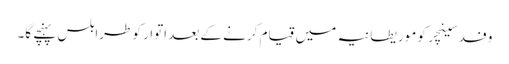
وفد سینچر کو موریطانیہ میں قیام کرنے کے بعد اتوار کو طرابلس پہنچے گا۔